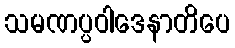
သမဏပ္ပဝါဒေနာတိပေ